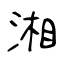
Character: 湘